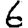
Digit: 6